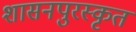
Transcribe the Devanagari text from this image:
शासनपुरस्कृत